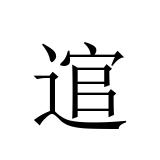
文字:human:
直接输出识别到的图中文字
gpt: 逭